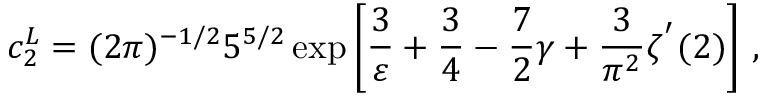
c _ { 2 } ^ { L } = ( 2 \pi ) ^ { - 1 / 2 } 5 ^ { 5 / 2 } \exp \left[ \frac { 3 } { \varepsilon } + \frac { 3 } { 4 } - \frac { 7 } { 2 } \gamma + \frac { 3 } { \pi ^ { 2 } } \zeta ^ { ' } ( 2 ) \right] \, ,